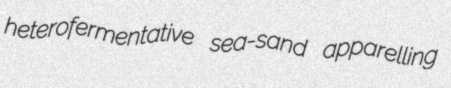
heterofermentative sea-sand apparelling